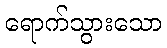
ရောက်သွားသော